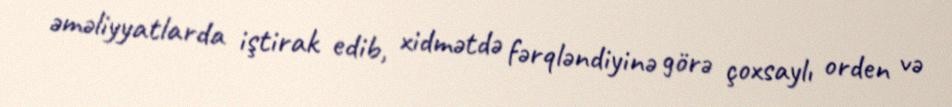
əməliyyatlarda iştirak edib, xidmətdə fərqləndiyinə görə çoxsaylı orden və